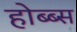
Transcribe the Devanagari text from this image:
होब्ब्स